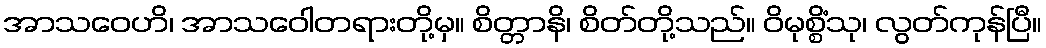
အာသဝေဟိ၊ အာသဝေါတရားတို့မှ။ စိတ္တာနိ၊ စိတ်တို့သည်။ ဝိမုစ္စိံသု၊ လွတ်ကုန်ပြီ။